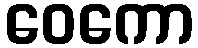
ဝေကော